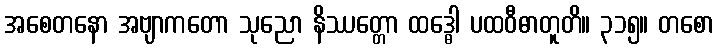
အစေတနော အဗျာကတော သုညော နိဿတ္တော ထဒ္ဓေါ ပထဝီဓာတူတိ။ ၃၁၅။ တစော